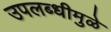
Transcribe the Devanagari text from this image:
उपलब्धीमुळे